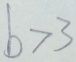
b > 3